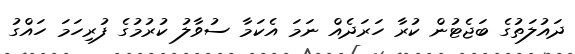
ދައުލަތުގެ ބަޖެޓުން ކުރާ ހަރަދެއް ނަމަ އެކަމާ ސުވާލު ކުރުމުގެ ފުރިހަމަ ހައްގު